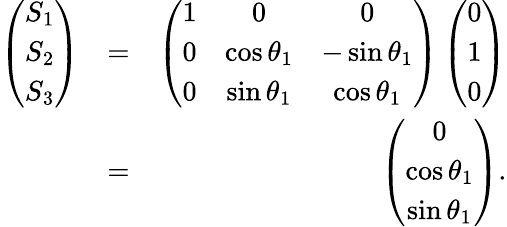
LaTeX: \begin{array}{rlr}{\left(\begin{array}{c}{S_{1}}\\ {S_{2}}\\ {S_{3}}\end{array}\right)}&{=}&{\left(\begin{array}{ccc}{1}&{0}&{0}\\ {0}&{\cos\theta_{1}}&{-\sin\theta_{1}}\\ {0}&{\sin\theta_{1}}&{\cos\theta_{1}}\end{array}\right)\left(\begin{array}{c}{0}\\ {1}\\ {0}\end{array}\right)}\\ &{=}&{\left(\begin{array}{c}{0}\\ {\cos\theta_{1}}\\ {\sin\theta_{1}}\end{array}\right).}\end{array}